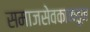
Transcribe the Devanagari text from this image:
समाजसेवकाकडून